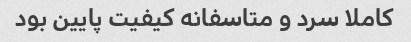
کاملا سرد و متاسفانه کیفیت پایین بود